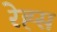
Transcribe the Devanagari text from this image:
रेह्स